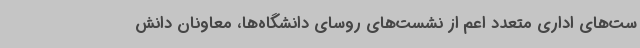
ست‌های اداری متعدد اعم از نشست‌های روسای دانشگاه‌ها، معاونان دانش